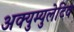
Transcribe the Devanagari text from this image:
अक्युम्युलेटिव